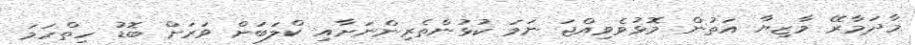
މާދަމާރޭ މާޒިޔާ އަތުން މޮޅުވެވިއްޖަ ނަމަ ކުޅުންތެރިންނަށާއި ކްލަބަށް ވަރަށް ބޮޑު ހިތްހަމަ